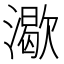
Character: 㵣